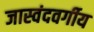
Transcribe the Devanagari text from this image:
जास्वंदवर्गीय